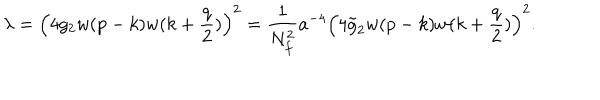
\lambda = \left( 4 g _ { 2 } w ( p - k ) w ( k + { \frac { q } { 2 } } ) \right) ^ { 2 } = { \frac { 1 } { N _ { f } ^ { 2 } } } a ^ { - 4 } \left( 4 \tilde { g } _ { 2 } w ( p - k ) w ( k + { \frac { q } { 2 } } ) \right) ^ { 2 } . \nonumber